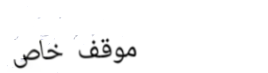
موقف خاص